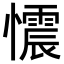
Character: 𢤟